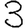
Digit: 3